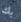
بك